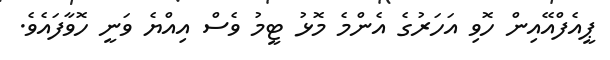
ޕީއެފްއޭއިން ހޮވި އަހަރުގެ އެންމެ މޮޅު ޓީމު ވެސް އިއްޔެ ވަނީ ހޮވާފައެވެ.